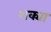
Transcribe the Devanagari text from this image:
शक्या